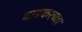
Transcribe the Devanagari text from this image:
याप्रकरच्या